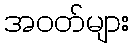
အဝတ်များ